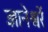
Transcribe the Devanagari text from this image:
ज्ञानेश्वरें